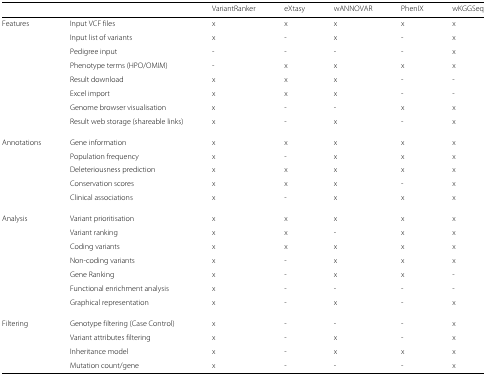
|  |  | VariantRanker | eXtasy | wANNOVAR | PhenIX | wKGGSeq |
 | --- | --- | --- | --- | --- | --- | --- |
 | Features | Input VCF files | x | x | x | x | x |
 |  | Input list of variants | x | - | x | - | x |
 |  | Pedigree input | - | - | - | - | x |
 |  | Phenotype terms (HPO/OMIM) | - | x | x | x | x |
 |  | Result download | x | x | x | - | - |
 |  | Excel import | x | x | x | - | - |
 |  | Genome browser visualisation | x | - | - | x | x |
 |  | Result web storage (shareable links) | x | - | x | - | x |
 | Annotations | Gene information | x | x | x | x | x |
 |  | Population frequency | x | - | x | x | x |
 |  | Deleteriousness prediction | x | x | x | x | x |
 |  | Conservation scores | x | x | x | - | x |
 |  | Clinical associations | x | - | x | x | x |
 | Analysis | Variant prioritisation | x | x | x | x | x |
 |  | Variant ranking | x | x | - | x | x |
 |  | Coding variants | x | x | x | x | x |
 |  | Non-coding variants | x | - | x | x | x |
 |  | Gene Ranking | x | - | x | x | - |
 |  | Functional enrichment analysis | x | - | - | - | - |
 |  | Graphical representation | x | - | x | - | x |
 | Filtering | Genotype filtering (Case Control) | x | - | - | - | x |
 |  | Variant attributes filtering | x | - | x | - | x |
 |  | Inheritance model | x | - | x | x | x |
 |  | Mutation count/gene | x | - | - | - | x |